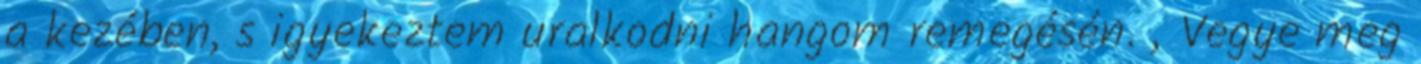
a kezében, s igyekeztem uralkodni hangom remegésén. „Vegye meg